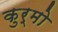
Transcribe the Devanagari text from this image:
कुर्मो